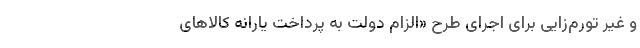
و غیر تورم‌زایی برای اجرای طرح «الزام دولت به پرداخت یارانه کالاهای